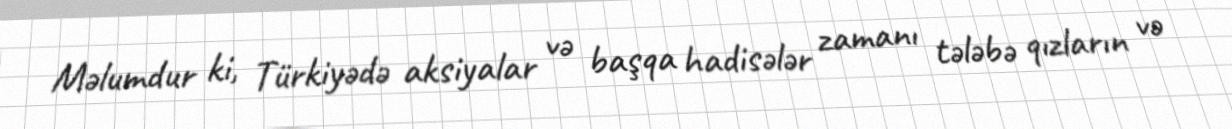
Məlumdur ki, Türkiyədə aksiyalar və başqa hadisələr zamanı tələbə qızların və